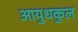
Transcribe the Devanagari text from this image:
आयुधकुल